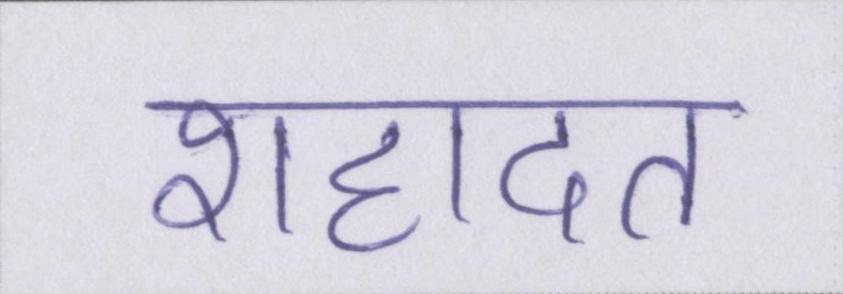
शहादत